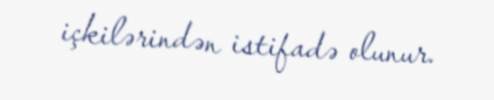
içkilərindən istifadə olunur.